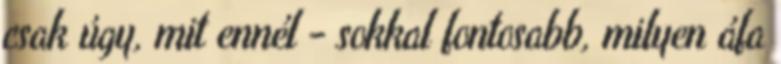
csak úgy, mit ennél - sokkal fontosabb, milyen áfa